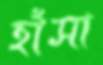
হাঁসা